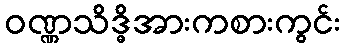
ဝဏ္ဏသိဒ္ဓိအားကစားကွင်း